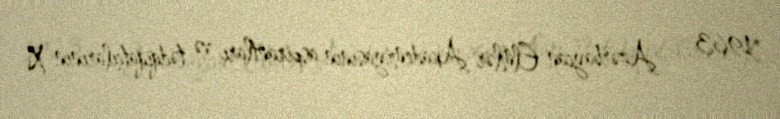
1963 — Azərbaycan Elmlər Akademiyasının aspirantları və tədqiqatçılarının X